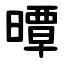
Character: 曋